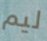
ليم